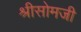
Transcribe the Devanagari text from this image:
श्रीसोमजी